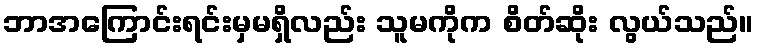
ဘာအကြောင်းရင်းမှမရှိလည်း သူမကိုက စိတ်ဆိုး လွယ်သည်။